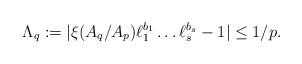
LaTeX: \begin{align*} \Lambda_q := |\xi (A_q / A_p) \ell_{1}^{b_{1}} \ldots \ell_{s}^{b_{s}} - 1| \le 1/p. \end{align*}